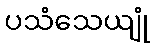
ပသံသေယျုံ